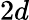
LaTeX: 2d